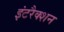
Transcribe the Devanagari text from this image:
इंटरैक्शन